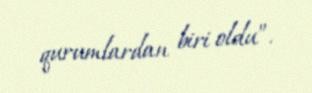
qurumlardan biri oldu”.